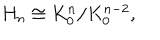
H _ { n } \cong K _ { 0 } ^ { n } / K _ { 0 } ^ { n - 2 } ,